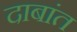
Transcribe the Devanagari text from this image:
दाबांत